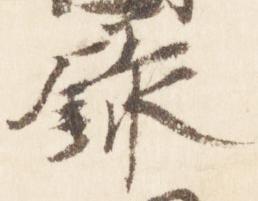
録